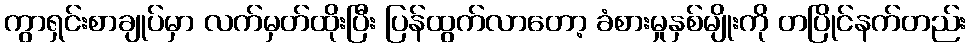
ကွာရှင်းစာချုပ်မှာ လက်မှတ်ထိုးပြီး ပြန်ထွက်လာတော့ ခံစားမှုနှစ်မျိုးကို တပြိုင်နက်တည်း